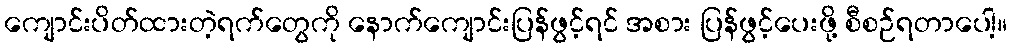
ကျောင်းပိတ်ထားတဲ့ရက်တွေကို နောက်ကျောင်းပြန်ဖွင့်ရင် အစား ပြန်ဖွင့်ပေးဖို့ စီစဉ်ရတာပေါ့။